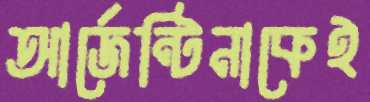
আর্জেন্টিনাকেই